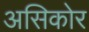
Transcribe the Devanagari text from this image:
असिकोर